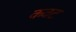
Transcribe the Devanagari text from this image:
कवट